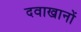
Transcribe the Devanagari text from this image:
दवाखानों